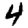
Digit: 4